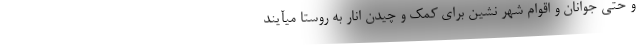
و حتی جوانان و اقوام شهر نشین برای کمک و چیدن انار به روستا میآیند